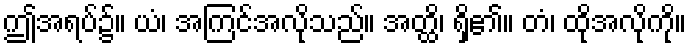
ဤအရပ်၌။ ယံ၊ အကြင်အလိုသည်။ အတ္ထိ၊ ရှိ၏။ တံ၊ ထိုအလိုကို။